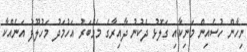
ނިހާން ހުސެއިން މަނިކާއި ގަލޮޅު ދެކުނު ދާއިރާގެ މެމްބަރު އަހުމަދު މަހުލޫފު އަނެއްކާ